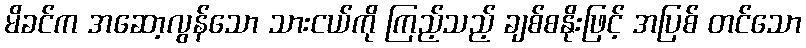
မိခင်က အဆော့လွန်သော သားငယ်ကို ကြည့်သည့် ချစ်စနိုးဖြင့် အပြစ် တင်သော